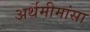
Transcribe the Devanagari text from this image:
अर्थमीमांसा